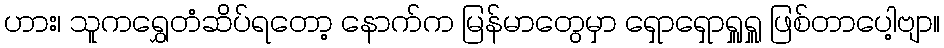
ဟား၊ သူကရွှေတံဆိပ်ရတော့ နောက်က မြန်မာတွေမှာ ရှောရှောရှူရှူ ဖြစ်တာပေါ့ဗျာ။